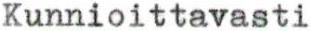
Kunnioittavasti